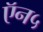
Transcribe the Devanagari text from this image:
ऍन५